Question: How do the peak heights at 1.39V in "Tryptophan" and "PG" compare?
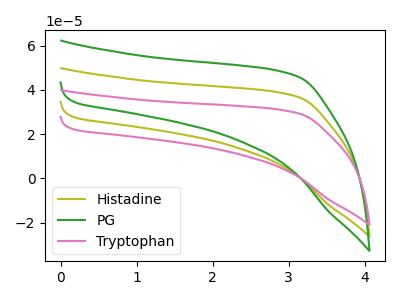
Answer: <think>The olive curve "Histadine" has no peaks. The green curve "PG" has no peaks. The pink curve "Tryptophan" has no peaks.</think>
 <answer>"Tryptophan" and "PG" dont share a peak at 1.39V.</answer>
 <eval>mismatch</eval>